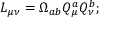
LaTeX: L _ { \mu \nu } = \Omega _ { a b } Q _ { \mu } ^ { a } Q _ { \nu } ^ { b } ;